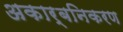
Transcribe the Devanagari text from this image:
अकार्बनिकरण